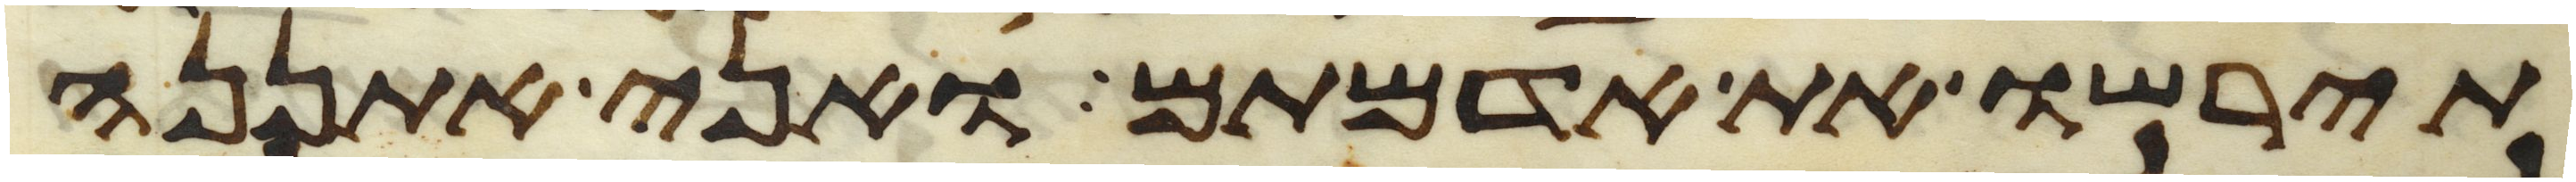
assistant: תירשו את אדמתם ואני אתננה